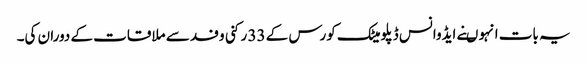
یہ بات انہو ںنے ایڈوانس ڈپلومیٹک کورس کے 33 رکنی وفد سے ملاقات کے دوران کی۔